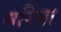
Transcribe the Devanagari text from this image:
मर्रिसा